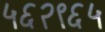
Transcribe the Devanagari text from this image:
५६२९६५